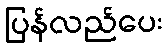
ပြန်လည်ပေး